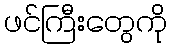
ဖင်ကြီးတွေကို